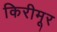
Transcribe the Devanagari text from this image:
किरीमूर